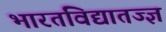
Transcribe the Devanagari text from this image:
भारतविद्यातज्ज्ञ